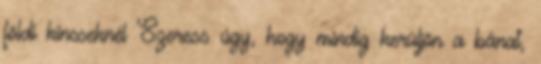
földi kincseknél Szeress úgy, hogy mindig kerüljön a bánat,